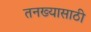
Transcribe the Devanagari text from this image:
तनख्यासाठी